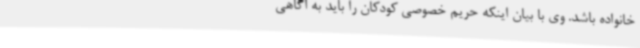
خانواده باشد. وی با بیان اینکه حریم خصوصی کودکان را باید به آگاهی